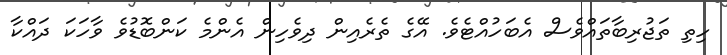
ހިތި ތަޖުރިބާތައްވެސް އެބަހުއްޓެވެ. އޭގެ ތެރެއިން ދިވެހިން އެންމެ ކަންބޮޑުވެ ވާހަކަ ދައްކާ